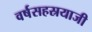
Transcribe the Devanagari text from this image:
वर्षसहस्रयाजी